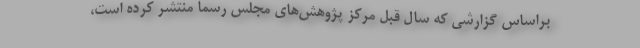
براساس گزارشی كه سال قبل مركز پژوهش‌های مجلس رسما منتشر كرده است،